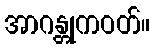
အာဂန္တုကဝတ်။